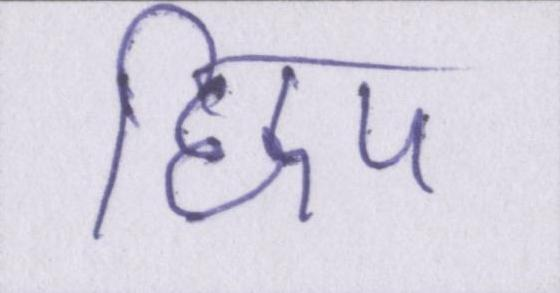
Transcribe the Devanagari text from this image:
छिप